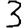
Digit: 3